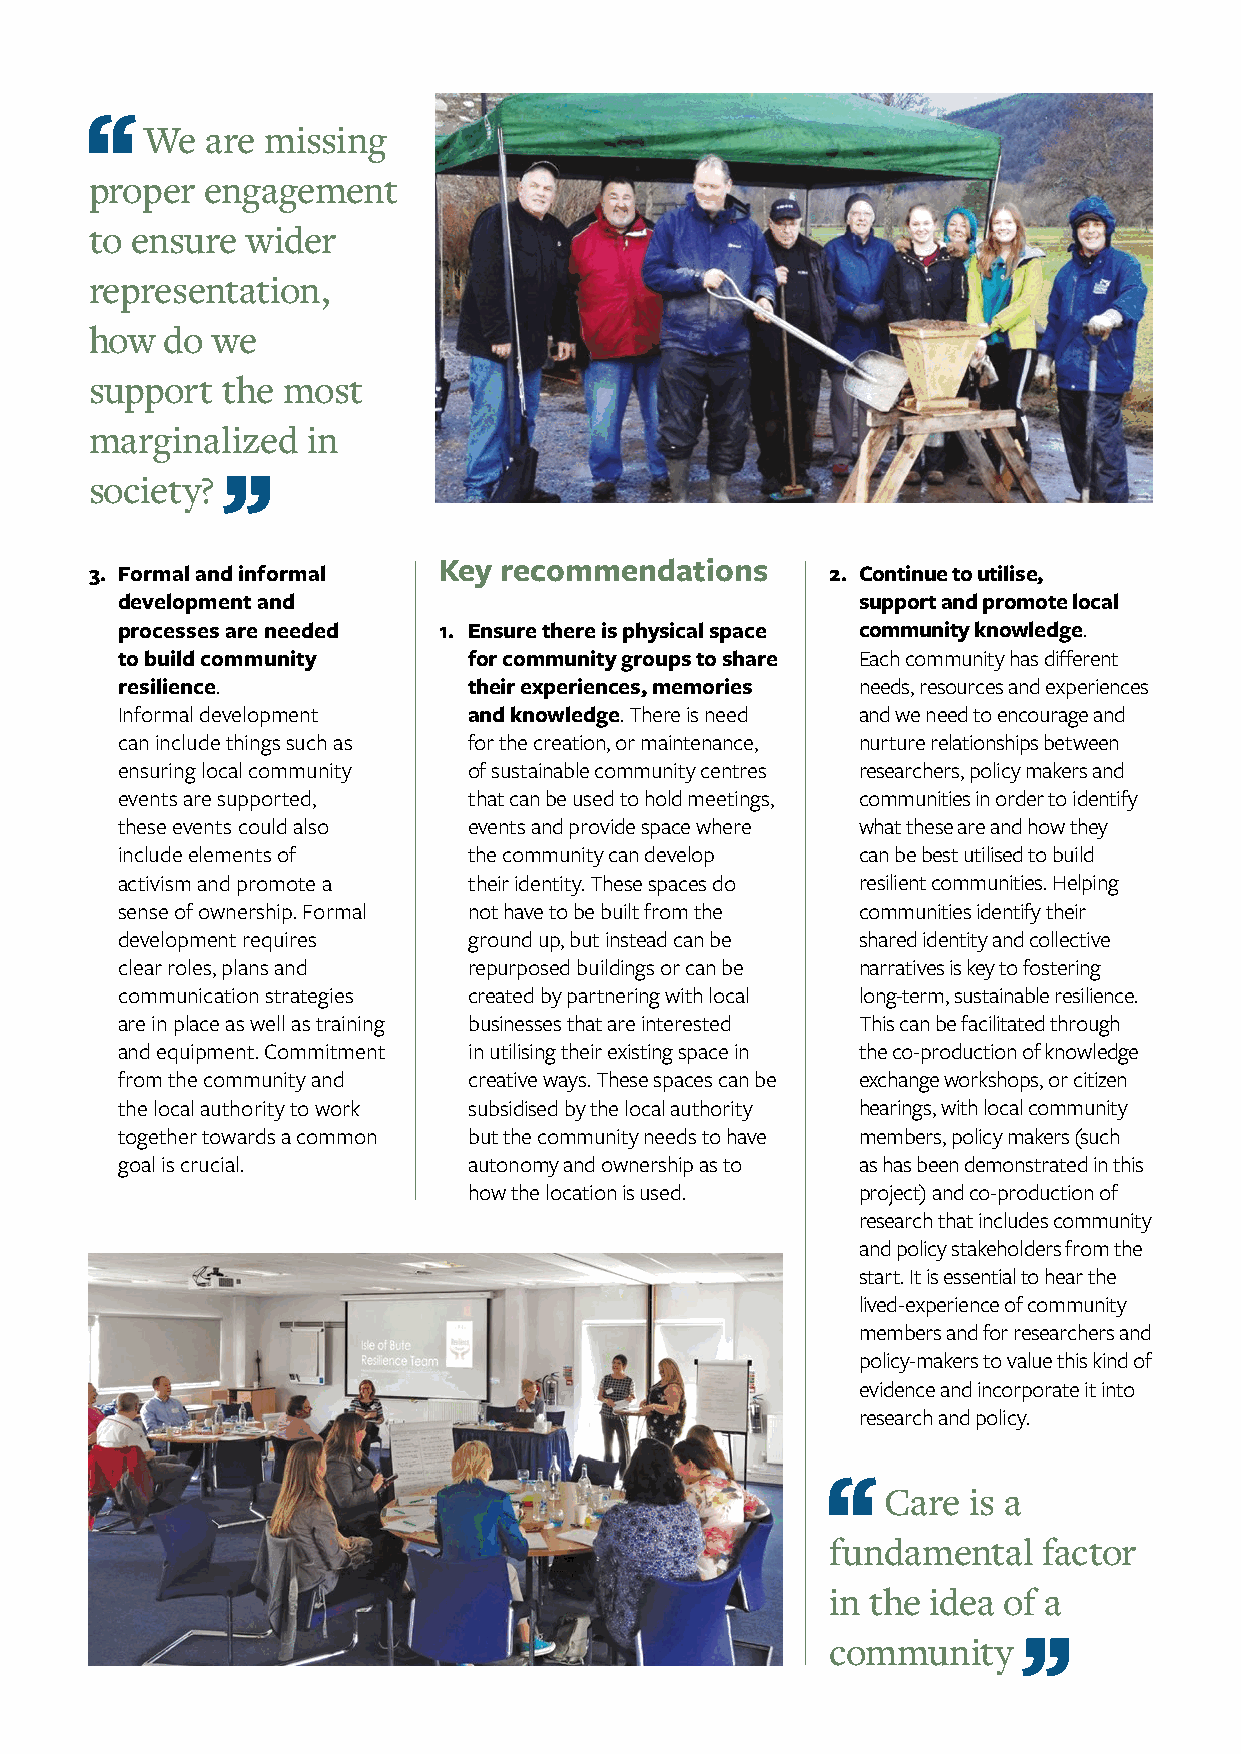
We  are missing
 proper engagement
 to ensure wider
 representation,
 how  do we
 support  the most
 marginalized  in
 society?
 3. Formal and informal
 Key recommendations
 2. Continue to utilise,
 development and                                  support and promote local
 processes are needed 1. Ensure there is physical space community knowledge.
 to build community     for community groups to share Each community has different
 resilience.            their experiences, memories needs, resources and experiences
 Informal development   and knowledge. There is need and we need to encourage and
 can include things such as for the creation, or maintenance, nurture relationships between
 ensuring local community of sustainable community centres researchers, policy makers and
 events are supported,  that can be used to hold meetings, communities in order to identify
 these events could also events and provide space where what these are and how they
 include elements of    the community can develop can be best utilised to build
 activism and promote a their identity. These spaces do resilient communities. Helping
 sense of ownership. Formal not have to be built from the communities identify their
 development requires   ground up, but instead can be shared identity and collective
 clear roles, plans and repurposed buildings or can be narratives is key to fostering
 communication strategies created by partnering with local long-term, sustainable resilience.
 are in place as well as training businesses that are interested This can be facilitated through
 and equipment. Commitment in utilising their existing space in the co-production of knowledge
 from the community and creative ways. These spaces can be exchange workshops, or citizen
 the local authority to work subsidised by the local authority hearings, with local community
 together towards a common but the community needs to have members, policy makers (such
 goal is crucial.       autonomy and ownership as to as has been demonstrated in this
 how the location is used. project) and co-production of
 research that includes community
 and policy stakeholders from the
 start. It is essential to hear the
 lived-experience of community
 members and for researchers and
 policy-makers to value this kind of
 evidence and incorporate it into
 research and policy.
 Care is a
 fundamental   factor
 in the idea of a
 community